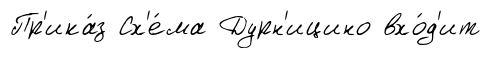
Пр'ика́з Сх'е́ма Дурн'ицино вхо́д'ит